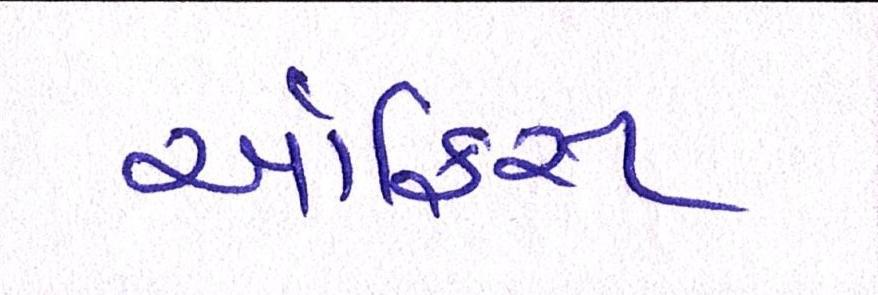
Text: ઑફિસ